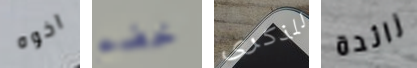
اخوه خضم للذكرى زائدة